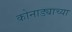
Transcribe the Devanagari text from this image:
कोनाड्याच्या